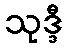
သုဒ္ဒီ